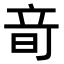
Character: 𥩬